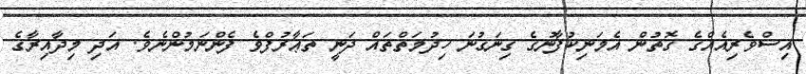
އިސްވެރިއެއްގެ ގޮތުން އެމަނިކުފާނުގެ ގިނަގުނަ ޚިދުމަތްތައް ދަނީ ތަޢާރުފްވެ ފެންނަމުންނެވެ. އަދި މިދާއިރާގެ